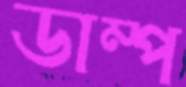
ডাম্প